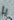
يا